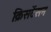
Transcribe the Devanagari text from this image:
क्रिसटेंसन